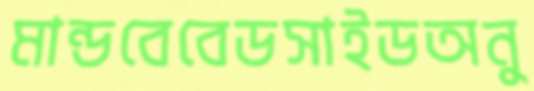
মান্ডবেবেডসাইডঅনু